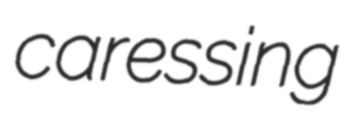
caressing